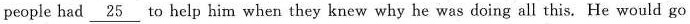
people had \underline{25} to help him when they knew why he was doing all this. He would go